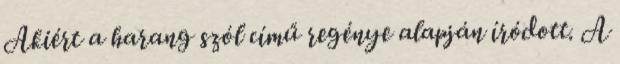
Akiért a harang szól című regénye alapján íródott. A